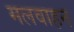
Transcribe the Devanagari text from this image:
मलवाहन